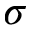
\sigma